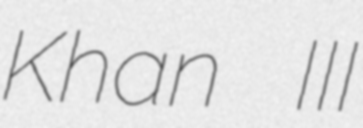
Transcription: Khan III